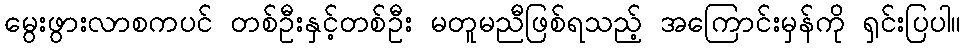
မွေးဖွားလာစကပင် တစ်ဦးနှင့်တစ်ဦး မတူမညီဖြစ်ရသည့် အကြောင်းမှန်ကို ရှင်းပြပါ။